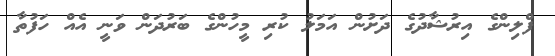
ފްލިންގެ އިރުޝާދުގެ ދަށުން އަމަލު ކުރި މީހުންގެ ބަރުދަން ވަނީ އެއް ހަފުތާ